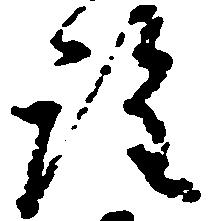
詮